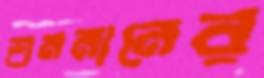
শ্রমমানের